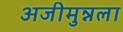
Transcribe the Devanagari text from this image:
अजीमुन्नला